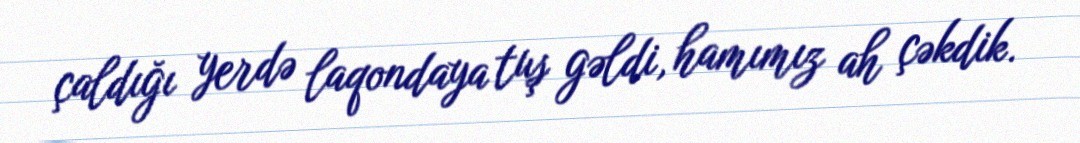
çaldığı yerdə laqondaya tuş gəldi, hamımız ah çəkdik.